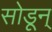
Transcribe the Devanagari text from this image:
सोडून्